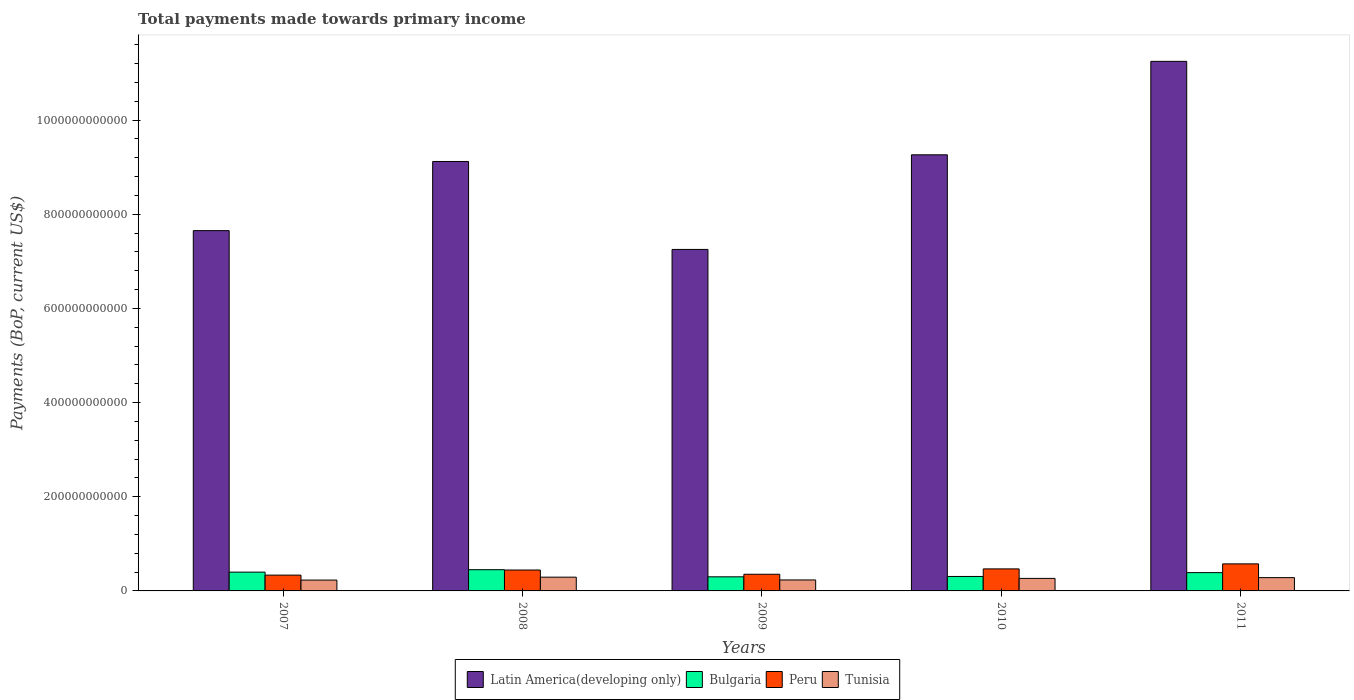
| Years | Latin America(developing only) | Bulgaria | Peru | Tunisia |
 | --- | --- | --- | --- | --- |
 | 2007 | 7.65e+11 | 3.99e+10 | 3.36e+10 | 2.31e+10 |
 | 2008 | 9.12e+11 | 4.51e+10 | 4.44e+10 | 2.92e+10 |
 | 2009 | 7.25e+11 | 3e+10 | 3.54e+10 | 2.33e+10 |
 | 2010 | 9.26e+11 | 3.07e+10 | 4.68e+10 | 2.66e+10 |
 | 2011 | 1.12e+12 | 3.88e+10 | 5.74e+10 | 2.82e+10 |